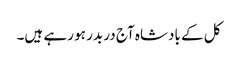
کل کے بادشاہ آج در بدر ہو رہے ہیں۔